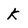
Character: k